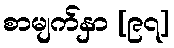
စာမျက်နှာ [၉၇]